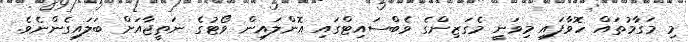
މި މަގާމުތައް ހޮވާފައި މިވަނީ މެގަޒިންގެ ވެބްސައިޓްގައި އޮންލައިން ވޯޓުގެ ނަތީޖާއަށް ބަލައިގެންނެވެ.